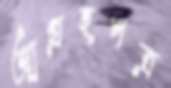
আগ্রহপত্র